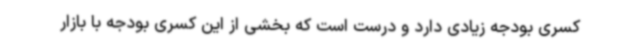
کسری بودجه زیادی دارد و درست است که بخشی از این کسری بودجه با بازار